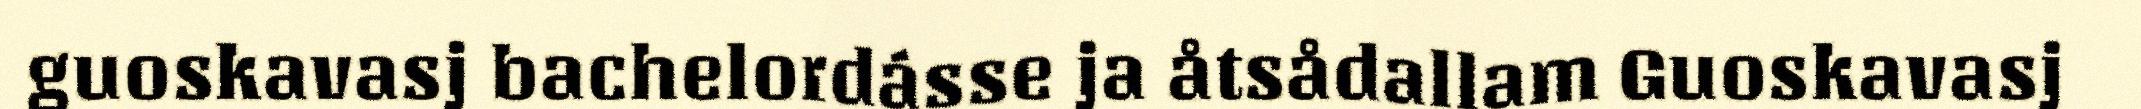
guoskavasj bachelordásse ja åtsådallam Guoskavasj